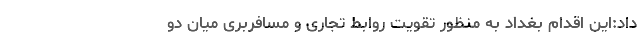
داد:این اقدام بغداد به منظور تقویت روابط تجاری و مسافربری میان دو